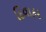
દિવાકર